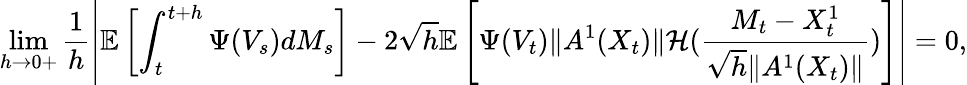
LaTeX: \operatorname*{lim}_{h\to 0+}\frac{1}{h}\left|\mathbb{E}\left[\int_{t}^{t+h}\Psi(V_{s})dM_{s}\right]-{2}\sqrt h\mathbb{E}\left[\Psi({V_{t}}){\| A^{1}({X_{t}})\| }{\cal H}(\frac{M_{t}-X_{t}^{1}}{\sqrt h\| A^{1}({X_{t}})\| })\right]\right|=0,